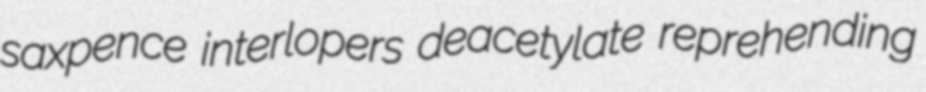
saxpence interlopers deacetylate reprehending